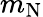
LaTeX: m_{\mathrm{N}}